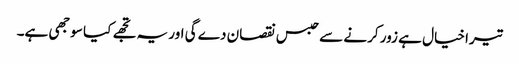
تیرا خیال ہے زور کرنے سے حبس نقصان دے گی اور یہ تجھے کیا سوجھی ہے۔